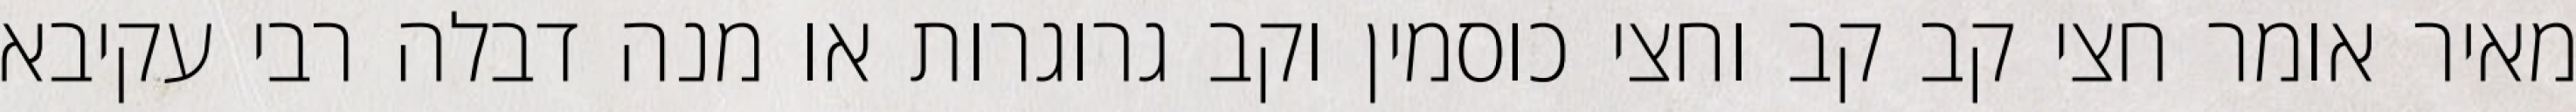
מאיר אומר חצי קב קב וחצי כוסמין וקב גרוגרות או מנה דבלה רבי עקיבא